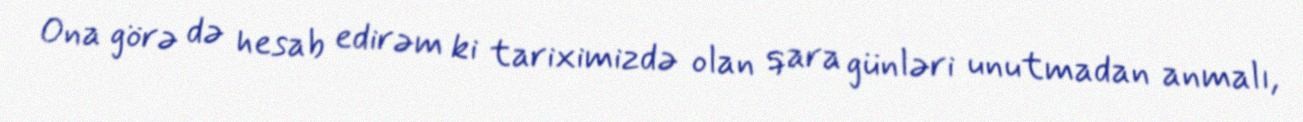
Ona görə də hesab edirəm ki tariximizdə olan qara günləri unutmadan anmalı,